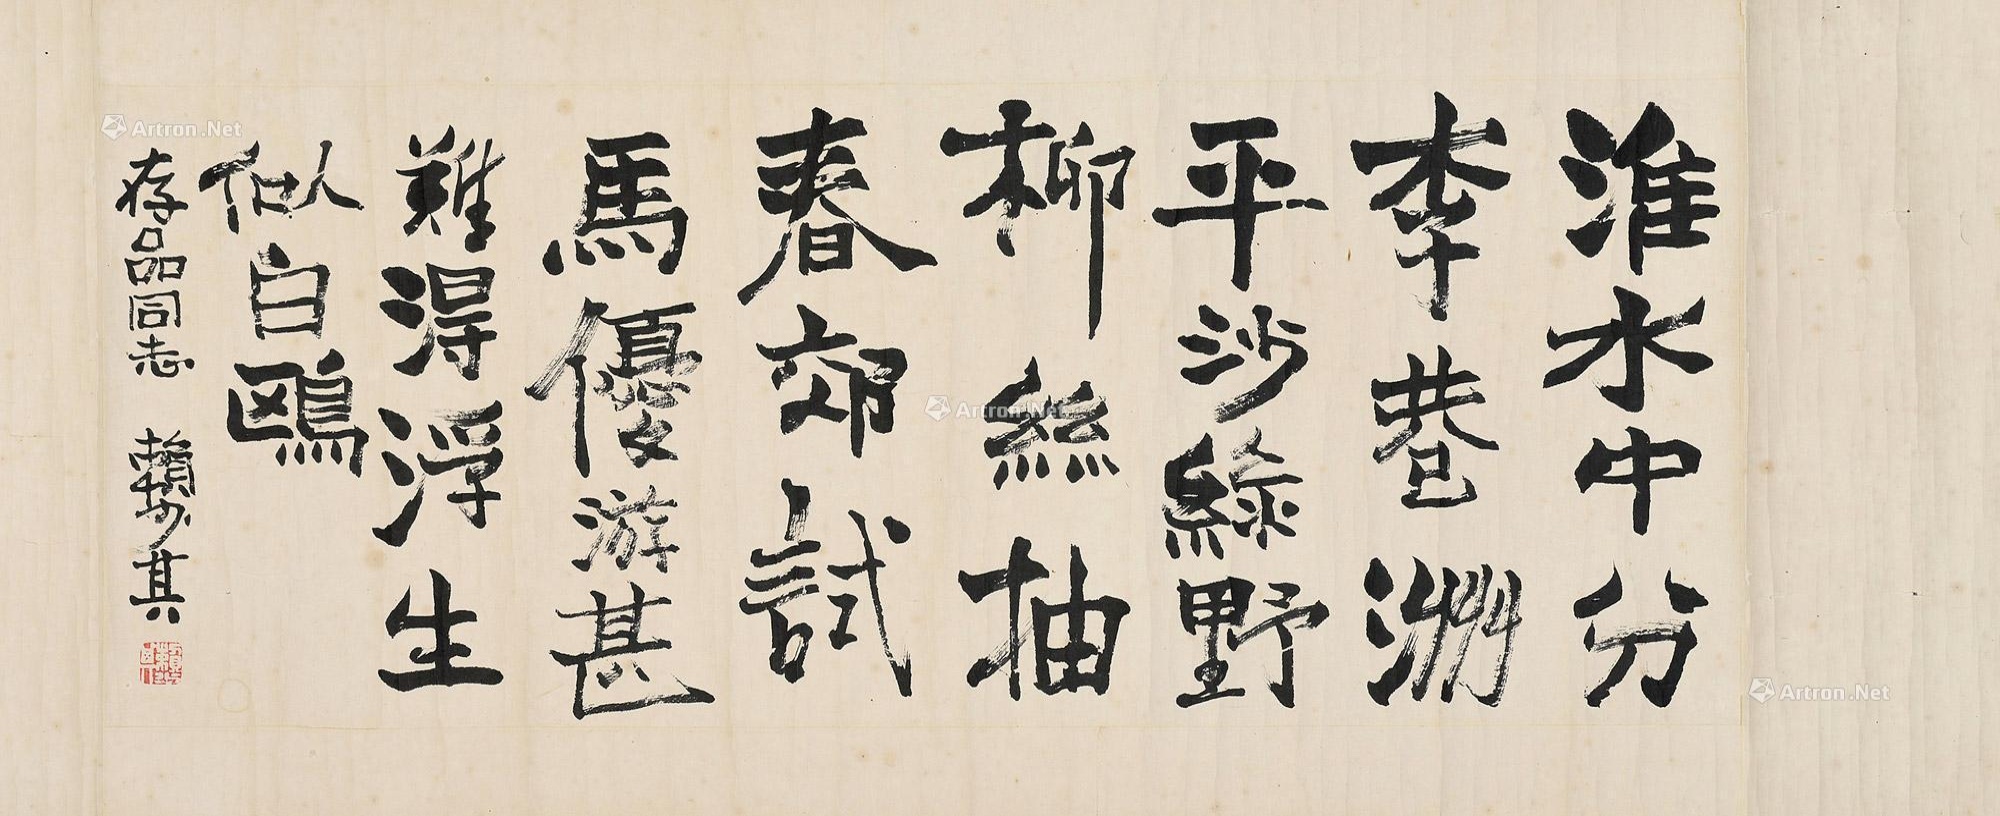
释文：淮水中分柳巷洲，平沙绿野柳丝抽。春郊试马优游甚，难得浮生似白鸥。存品同志，赖少其。